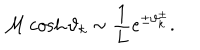
LaTeX: { \cal M } \cosh \vartheta _ { k } \sim \displaystyle \frac { 1 } { L } e ^ { \pm \vartheta _ { k } ^ { \pm } } .